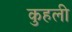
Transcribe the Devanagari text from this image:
कुहली